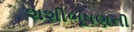
શશીભૂષણની